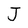
Character: J